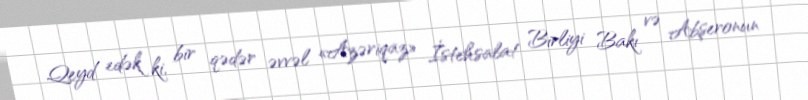
Qeyd edək ki, bir qədər əvvəl «Azəriqaz» İstehsalat Birliyi Bakı və Abşeronun